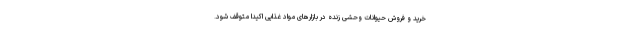
خرید و فروش حیوانات وحشی زنده در بازارهای مواد غذایی اکیدا متوقف شود.